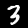
Label: 3